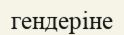
гендеріне